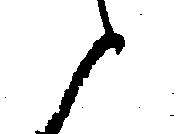
と